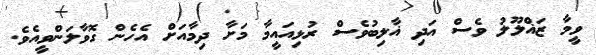
ވީމާ ޒަޣްލޫލު ވެސް އަދި ޣާލިބުވެސް ރުޅިއައީމާ މަށާ ދިމާއަށް އެހެން ގޮވާލަންވީއެވެ.